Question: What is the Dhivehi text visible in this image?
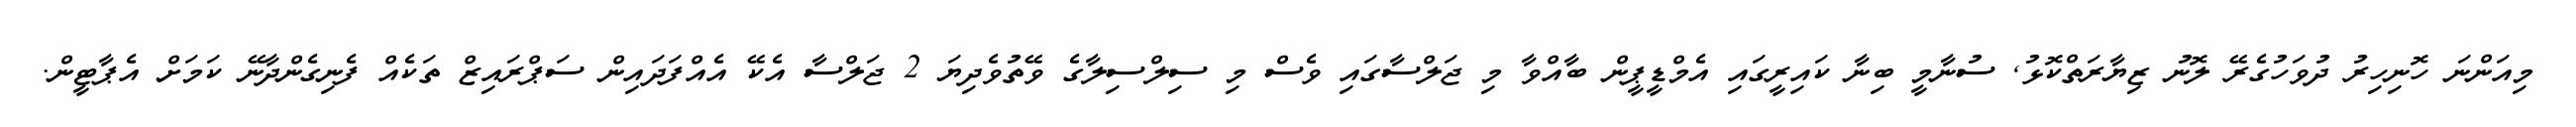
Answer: މިއަންނަ ހޮނިހިރު ދުވަހުގެރޭ ލޮނު ޒިޔާރަތްކޮޅު, ސުނާމީ ބިނާ ކައިރީގައި އެމްޑީޕީން ބާއްވާ މި ޖަލްސާގައި ވެސް މި ސިލްސިލާގެ ވޭތުވެދިޔަ 2 ޖަލްސާ އެކޭ އެއްފަދައިން ސަޕްރައިޒް ތަކެއް ފެނިގެންދާނޭ ކަމަށް އެޕާޓީން.